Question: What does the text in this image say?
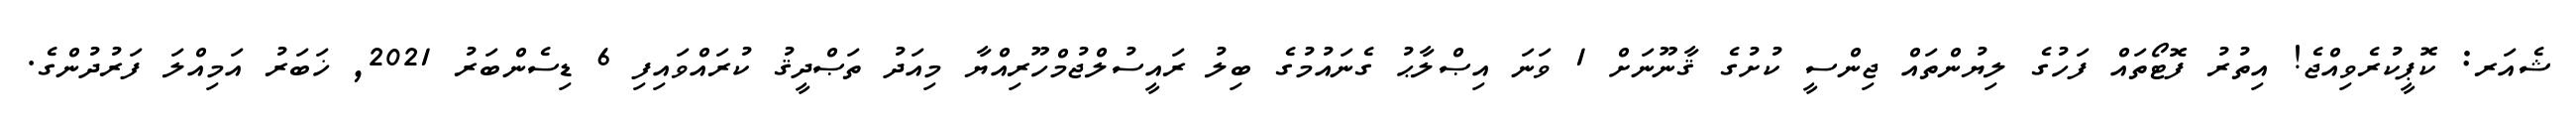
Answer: ޝެއަރ: ކޮޕީކުރެވިއްޖެ! އިތުރު ފޮޓޯތައް ފަހުގެ ލިޔުންތައް ޖިންސީ ކުށުގެ ޤާނޫނަށް 1 ވަނަ އިޞްލާޙު ގެނައުމުގެ ބިލު ރައީސުލްޖުމްހޫރިއްޔާ މިއަދު ތަޞްދީޤު ކުރައްވައިފި 6 ޑިސެންބަރު 2021, ޚަބަރު އަމިއްލަ ފަރުދުންގެ.